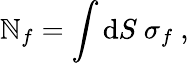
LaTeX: \mathbb{N}_{f}=\int\mathrm{{d}}S~\sigma_{f}~,